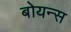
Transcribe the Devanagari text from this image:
बोयन्स